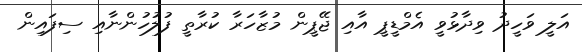
އަލީ ވަހީދު ވިދާޅުވީ އެމްޑީޕީ އާއި ޖޭޕީން މުޒާހަރާ ކުރާތީ ފުލުހުންނާއި ސިފައިން